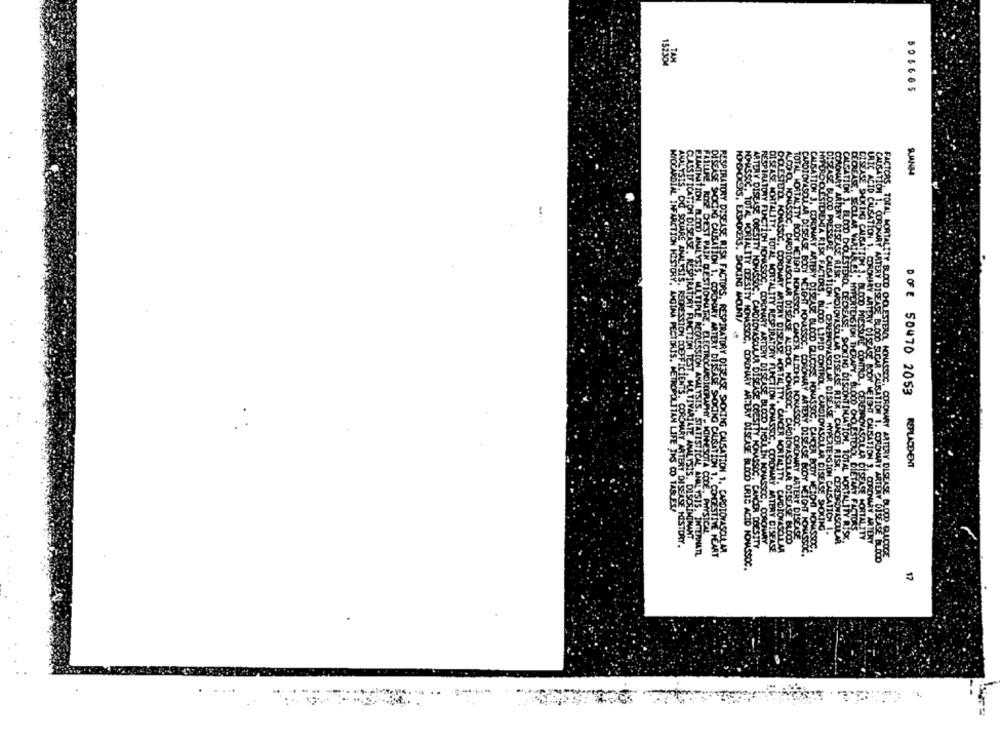
182304
BO5665
9.JANBA
...
TOTAL
DOE 50470 2053
TERY DISEASE BLOOD STEAR NSAT
# 1.
COHOL NONASSOC, CARDIO
CORONARY ARTERY DIC?
REPLACEMENT
A CODE. PHYSICAL
YSIS. DISCRIMINANT
ORONBRY ARTERY DISEASE BOOY HEIGHT CALISATION 9, CORONARY ARTERY
ERY DISELE HISTORY.
TON 1. CARDIOVASCULAR
ON 1. CONGESTIVE HEART
GARY ARTERY DISEASE BLOOD
BLOOD CHOLESTEROL HONASSOC, CORONARY ARTERY DISEASE BLOOD GLUCOGE